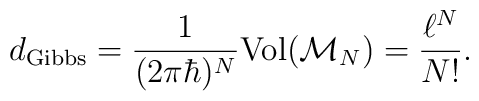
d_{\rm Gibbs}=\frac{1}{(2\pi\hbar)^{N}}{\rm Vol}({\cal M}_{N})=\frac{\ell^{N}}{N!}.